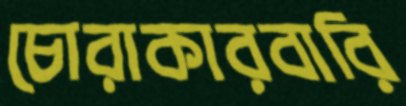
চোরাকারবারি